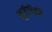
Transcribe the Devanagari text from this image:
भूजैविकी